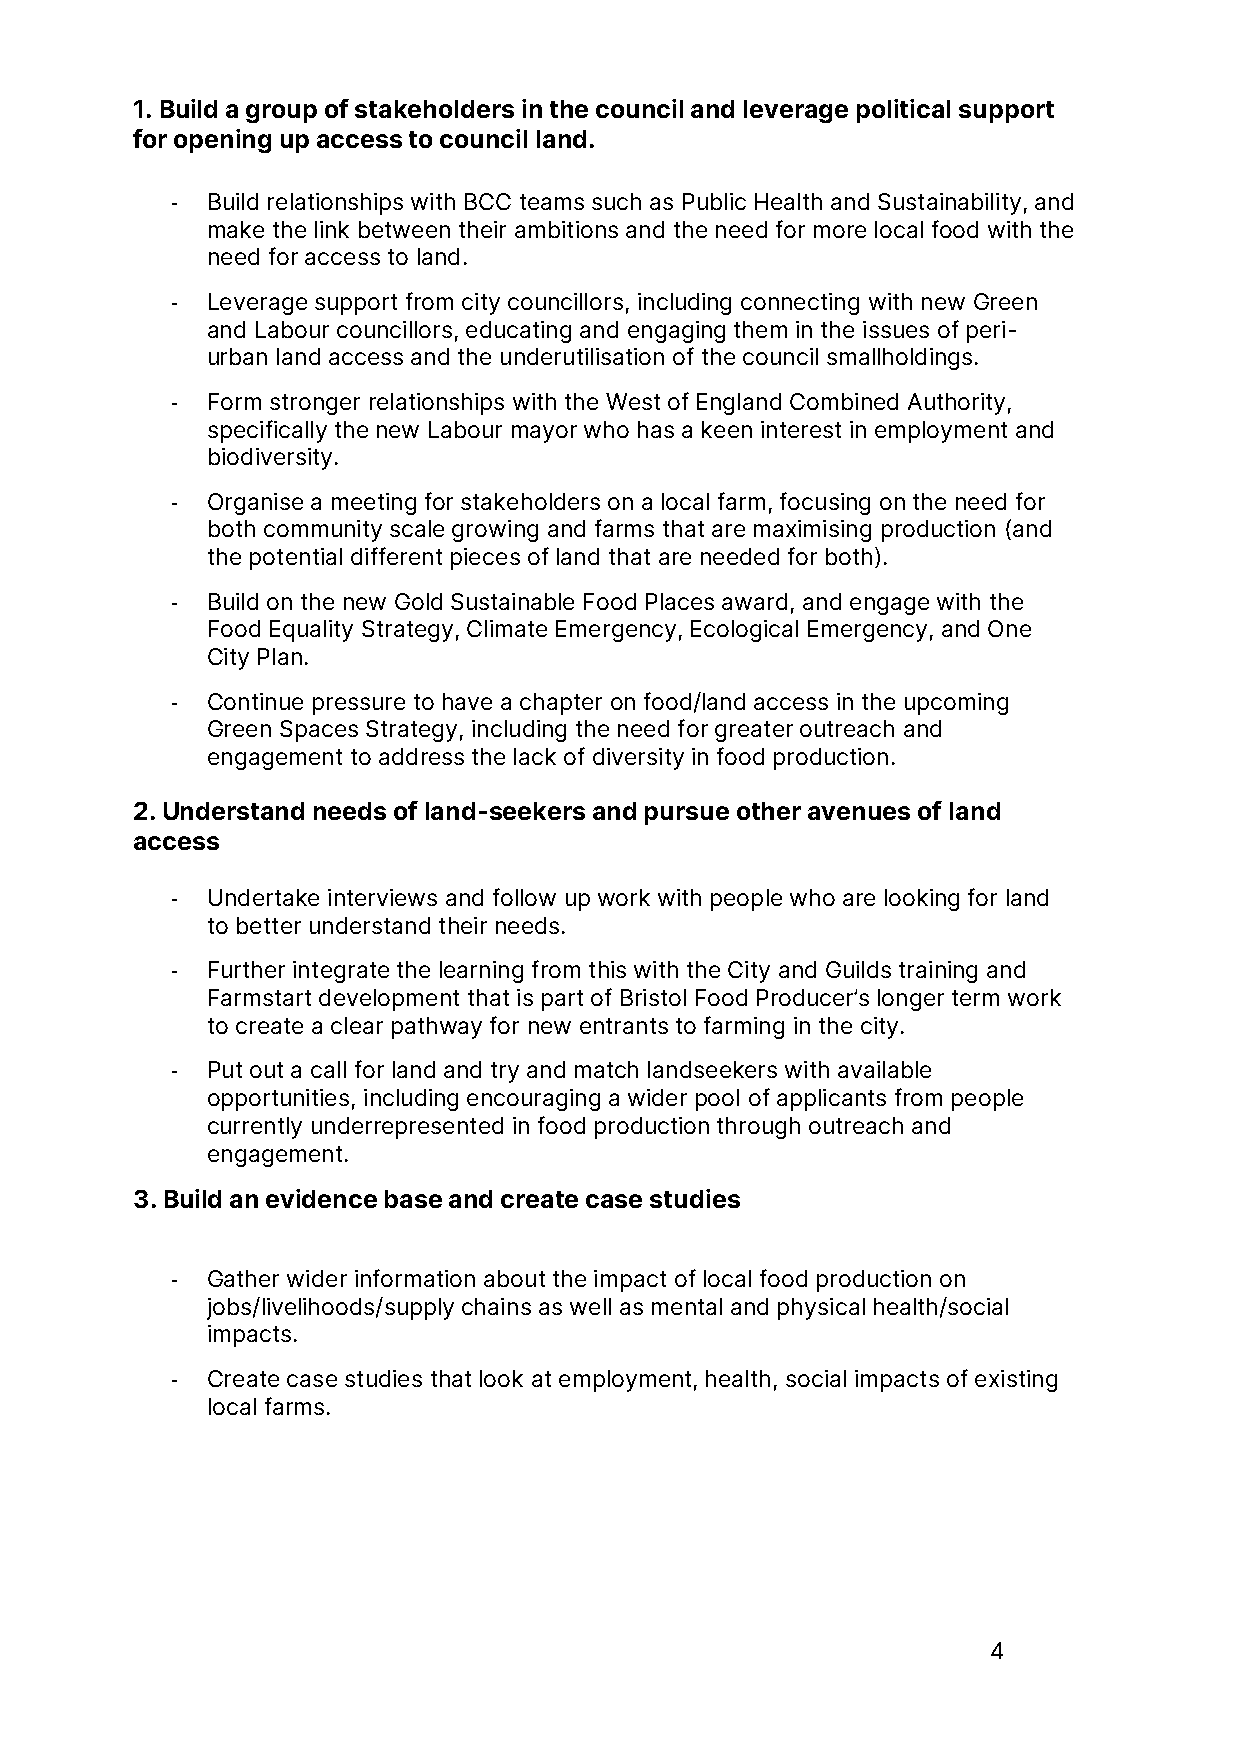
1. Build a group of stakeholders in the council and leverage political support
 for opening up access to council land.
 -  Build relationships with BCC teams such as Public Health and Sustainability, and
 make the link between their ambitions and the need for more local food with the
 need for access to land.
 -  Leverage support from city councillors, including connecting with new Green
 and Labour councillors, educating and engaging them in the issues of peri-
 urban land access and the underutilisation of the council smallholdings.
 -  Form stronger relationships with the West of England Combined Authority,
 specifically the new Labour mayor who has a keen interest in employment and
 biodiversity.
 -  Organise a meeting for stakeholders on a local farm, focusing on the need for
 both community scale growing and farms that are maximising production (and
 the potential different pieces of land that are needed for both).
 -  Build on the new Gold Sustainable Food Places award, and engage with the
 Food Equality Strategy, Climate Emergency, Ecological Emergency, and One
 City Plan.
 -  Continue pressure to have a chapter on food/land access in the upcoming
 Green Spaces Strategy, including the need for greater outreach and
 engagement to address the lack of diversity in food production.
 2. Understand needs of land-seekers and pursue other avenues of land
 access
 -  Undertake interviews and follow up work with people who are looking for land
 to better understand their needs.
 -  Further integrate the learning from this with the City and Guilds training and
 Farmstart development that is part of Bristol Food Producer’s longer term work
 to create a clear pathway for new entrants to farming in the city.
 -  Put out a call for land and try and match landseekers with available
 opportunities, including encouraging a wider pool of applicants from people
 currently underrepresented in food production through outreach and
 engagement.
 3. Build an evidence base and create case studies
 -  Gather wider information about the impact of local food production on
 jobs/livelihoods/supply chains as well as mental and physical health/social
 impacts.
 -  Create case studies that look at employment, health, social impacts of existing
 local farms.
 4